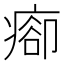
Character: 𤷽